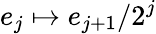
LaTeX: e_{j}\mapsto e_{j+1}/2^{j}